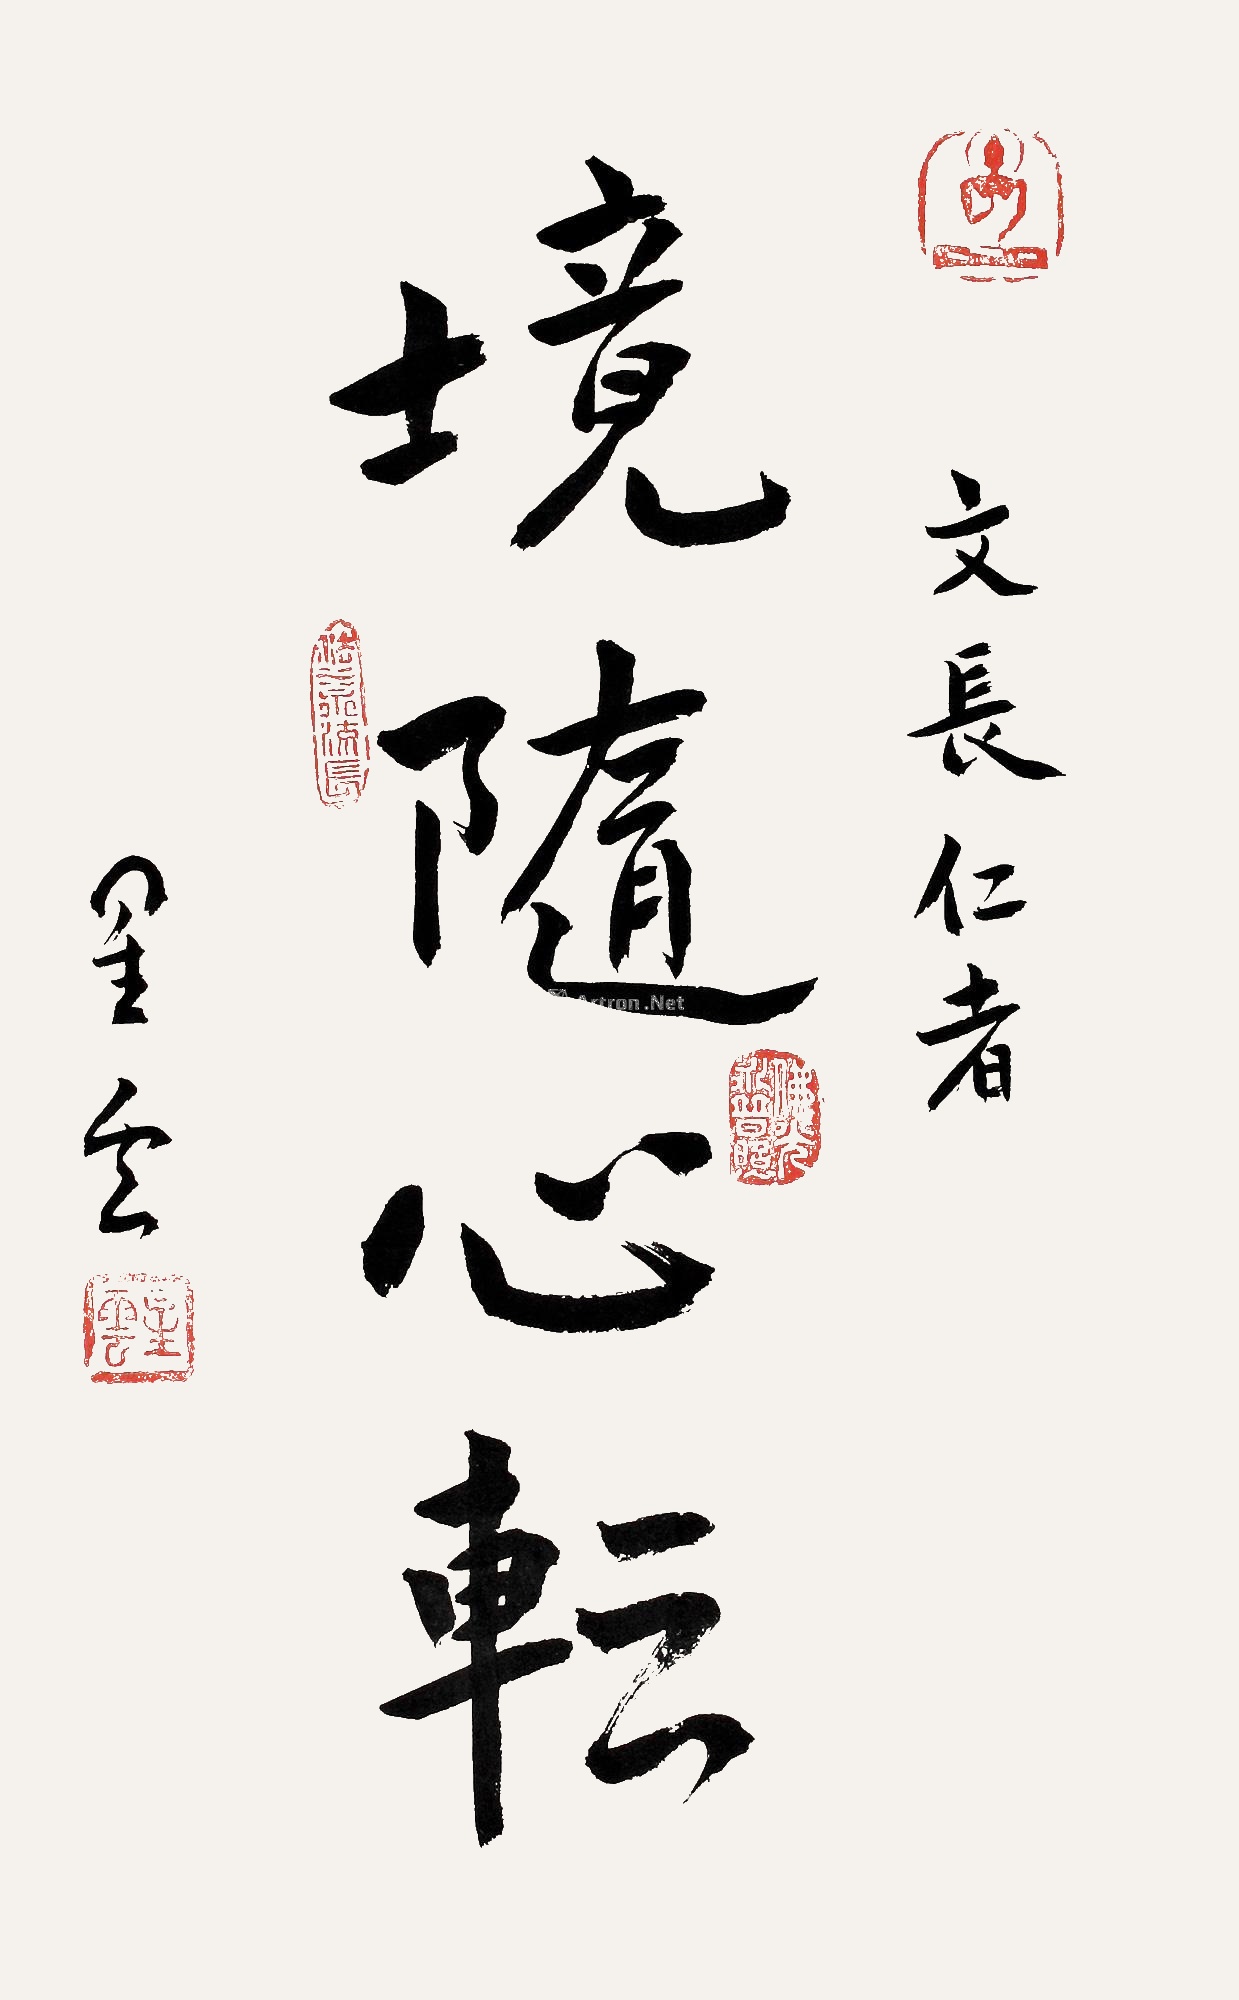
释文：境随心転。文长仁者，星云。